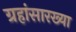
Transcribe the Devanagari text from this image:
ग्रहांसारख्या